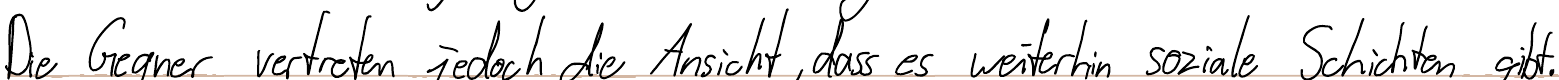
Die Gegner vertreten jedoch die Ansicht, dass es weiterhin soziale Schichten gibt.